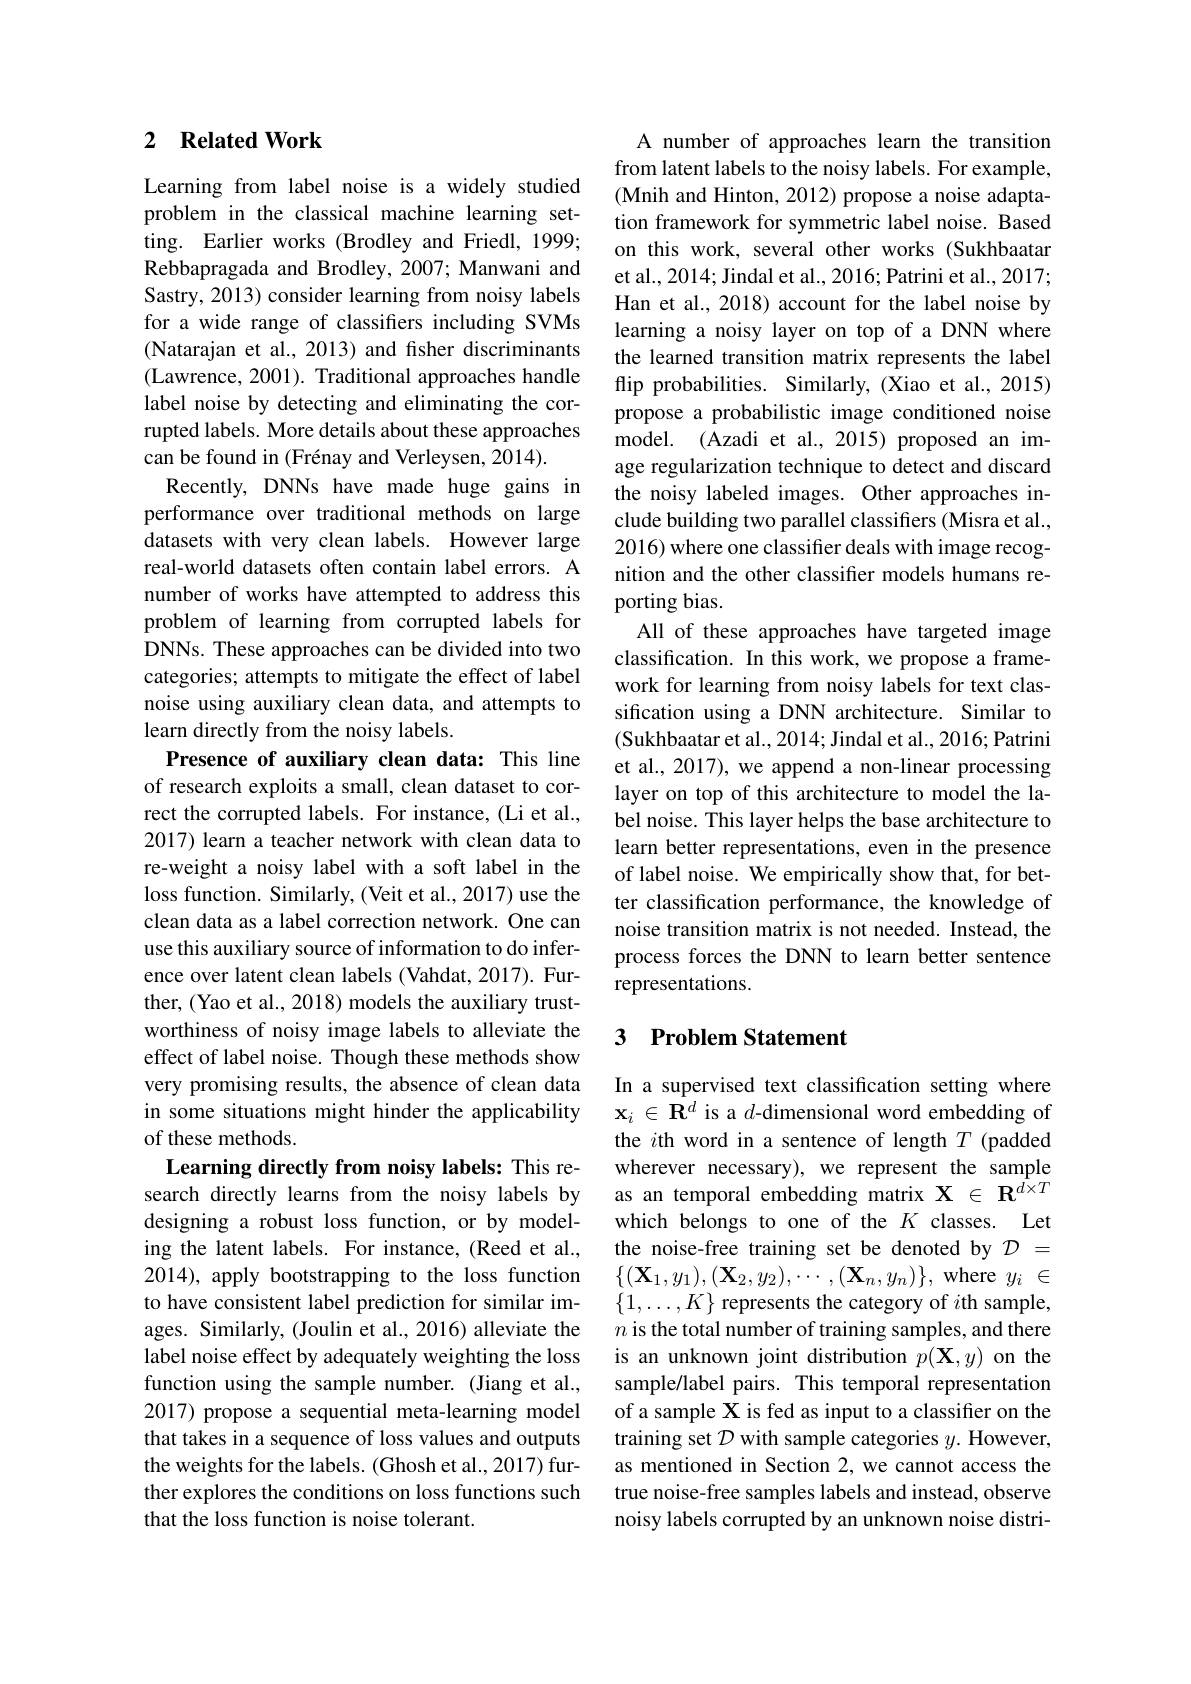
### 2 $\textbf{Related Work}$

Learning from label noise is a widely studied problem in the classical machine learning setting. Earlier works (Brodley and Friedl, 1999; Rebbapragada and Brodley, 2007; Manwani and Sastry, 2013) consider learning from noisy labels for a wide range of classifiers including SVMs (Natarajan et al., 2013) and fisher discriminants (Lawrence, 2001). Traditional approaches handle label noise by detecting and eliminating the corrupted labels. More details about these approaches can be found in (Frénay and Verleysen, 2014).
Recently, DNNs have made huge gains in performance over traditional methods on large datasets with very clean labels. However large real-world datasets often contain label errors. A number of works have attempted to address this problem of learning from corrupted labels for DNNs. These approaches can be divided into two categories; attempts to mitigate the effect of label noise using auxiliary clean data, and attempts to learn directly from the noisy labels.
Presence of auxiliary clean data: This line of research exploits a small, clean dataset to correct the corrupted labels. For instance, (Li et al., 2017) learn a teacher network with clean data to re-weight a noisy label with a soft label in the loss function. Similarly, (Veit et al., 2017) use the clean data as a label correction network. One can use this auxiliary source of information to do inference over latent clean labels (Vahdat, 2017). Further, (Yao et al., 2018) models the auxiliary trustworthiness of noisy image labels to alleviate the effect of label noise. Though these methods show very promising results, the absence of clean data in some situations might hinder the applicability of these methods.
Learning directly from noisy labels: This research directly learns from the noisy labels by designing a robust loss function, or by modeling the latent labels. For instance, (Reed et al., 2014), apply bootstrapping to the loss function to have consistent label prediction for similar images. Similarly, (Joulin et al., 2016) alleviate the label noise effect by adequately weighting the loss function using the sample number. (Jiang et al., 2017) propose a sequential meta-learning model that takes in a sequence of loss values and outputs the weights for the labels. (Ghosh et al., 2017) further explores the conditions on loss functions such that the loss function is noise tolerant.

A number of approaches learn the transition from latent labels to the noisy labels. For example, (Mnih and Hinton, 2012) propose a noise adaptation framework for symmetric label noise. Based on this work, several other works (Sukhbaatar et al., 2014; Jindal et al., 2016; Patrini et al., 2017; Han et al., 2018) account for the label noise by learning a noisy layer on top of a DNN where the learned transition matrix represents the label flip probabilities. Similarly, (Xiao et al., 2015) propose a probabilistic image conditioned noise model. (Azadi et al., 2015) proposed an image regularization technique to detect and discard the noisy labeled images. Other approaches include building two parallel classifiers (Misra et al., 2016) where one classifier deals with image recognition and the other classifier models humans reporting bias.
All of these approaches have targeted image classification. In this work, we propose a framework for learning from noisy labels for text classification using a DNN architecture. Similar to (Sukhbaatar et al., 2014; Jindal et al., 2016; Patrini et al., 2017), we append a non-linear processing layer on top of this architecture to model the label noise. This layer helps the base architecture to learn better representations, even in the presence of label noise. We empirically show that, for better classification performance, the knowledge of noise transition matrix is not needed. Instead, the process forces the DNN to learn better sentence representations.

## 3 Problem Statement

In a supervised text classification setting where $\mathbf{x}_i\in\mathbf{R}^d$ is a $d$-dimensional word embedding of the $i$th word in a sentence of length $T$ (padded wherever necessary), we represent the sample as an temporal embedding matrix $\mathbf{X}\in\mathbf{R}^{d\times T}$ which belongs to one of the $K$ classes. Let the noise-free training set be denoted by $\mathcal{D}=$ $\{(\mathbf{X}_{1},y_{1}),(\mathbf{X}_{2},y_{2}),\cdots,(\mathbf{X}_{n},y_{n})\}$,where $y_i\in$ $\{1,\ldots,K\}$ represents the category of $i$th sample, $n$ is the total number of training samples, and there is an unknown joint distribution $p(\mathbf{X},y)$ on the sample/label pairs. This temporal representation of a sample X is fed as input to a classifier on the training set $D$ with sample categories $y.$ However, as mentioned in Section 2, we cannot access the true noise-free samples labels and instead, observe noisy labels corrupted by an unknown noise distri-